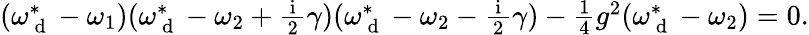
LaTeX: \begin{array}{r}{(\omega_{\mathrm{~d~}}^{*}-\omega_{1})(\omega_{\mathrm{~d~}}^{*}-\omega_{2}+\frac{\mathrm{~i~}}{2}\gamma)(\omega_{\mathrm{~d~}}^{*}-\omega_{2}-\frac{\mathrm{~i~}}{2}\gamma)-\frac{1}{4}g^{2}(\omega_{\mathrm{~d~}}^{*}-\omega_{2})=0.}\end{array}